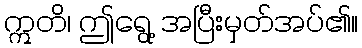
ဣတိ၊ ဤရွေ့ အပြီးမှတ်အပ်၏။